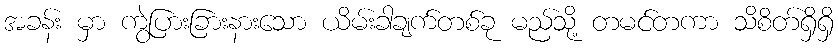
အခန်း မှာ ကွဲပြားခြားနားသော ယိမ်းခါချက်တစ်ခု မည်သို့ တမင်တကာ သိစိတ်ရှိရှိ